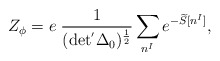
\begin{align*}Z_{\phi}=e \; \frac{1}{ (\rm det^{'}\Delta_{0})^{ \frac{1}{2} }}\sum_{n^{I} } e^{-\widetilde{S}[n^{I}]},\end{align*}